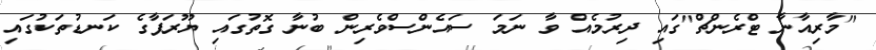
"މާރިއާނާ ޓްރެންޗް"ގައި ދިރުމެއް ވާ ނަމަ ސައެންސްވެރިން ބުނާ ގޮތުގައި ޔޫރަޕާގެ ކަނޑުތަކުގައި